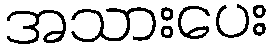
အသားပေး